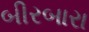
બીરબારા